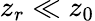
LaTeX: z_{r}\ll z_{0}